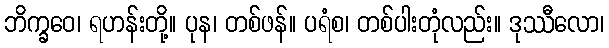
ဘိက္ခဝေ၊ ရဟန်းတို့။ ပုန၊ တစ်ဖန်။ ပရံစ၊ တစ်ပါးတုံလည်း။ ဒုဿီလော၊